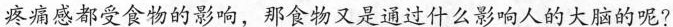
疼痛感都受食物的影响，那食物又是通过什么影响人的大脑的呢?